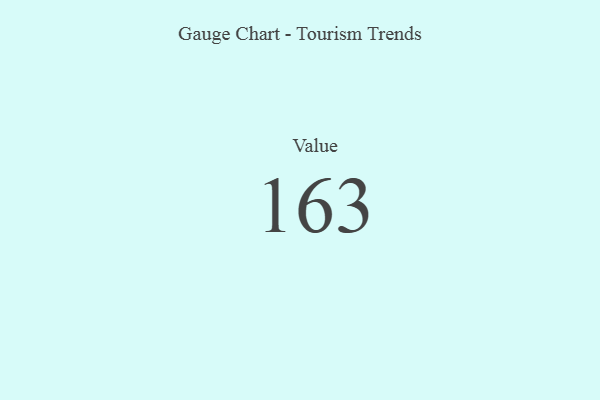
{"axis": {"x": "Metric", "y": "Value"}, "legend": [""], "data": [{"x": "Value", "y": 163, "type": ""}]}